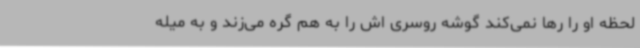
لحظه او را رها نمی‌کند گوشه روسری اش را به هم گره می‌زند و به میله